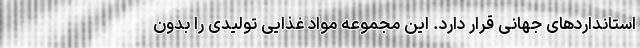
استانداردهای جهانی قرار دارد. این مجموعه مواد غذایی تولیدی را بدون